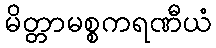
မိတ္တာမစ္စကရဏီယံ